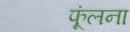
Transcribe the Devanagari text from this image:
फूंलना